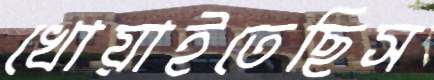
খোয়াইতেছিস